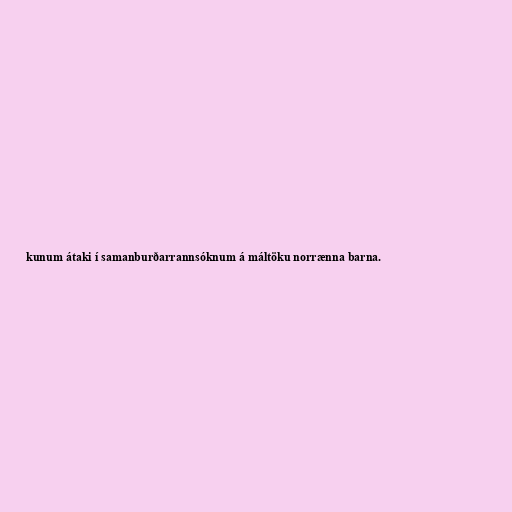
kunum átaki í samanburðarrannsóknum á máltöku norrænna barna.